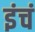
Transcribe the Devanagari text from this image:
इंचं